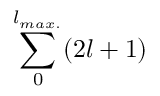
\sum _ { 0 } ^ { l _ { m a x . } } ( 2 l + 1 )